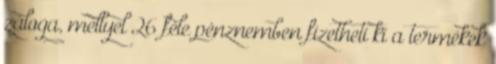
záloga, mellyel 26 féle pénznemben fizetheti ki a termékek